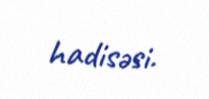
hadisəsi.